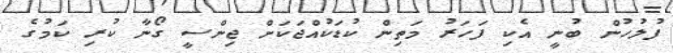
ފުލުހުން ބުނީ އެކި ފަހަރު މަތިން ކުޑަކުއްޖަކަށް ޖިންސީ ގޯނާ ކުރި ކަމުގެ